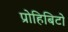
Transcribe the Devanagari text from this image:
प्रोहिबिटो